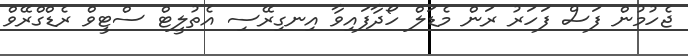
ޖެހުމުން ފަސް ފަހަރު ރަން މެޑަލް ހޯދާފައިވާ އިނގިރޭސި އެތުލީޓް ސްޓީވް ރެޑްގްރޭވް